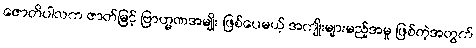
ဇောတိပါလက ဇာတ်မြင့် ဗြာဟ္မဏအမျိုး ဖြစ်ပေမယ့် အကျိုးများမည့်အမှု ဖြစ်တဲ့အတွက်